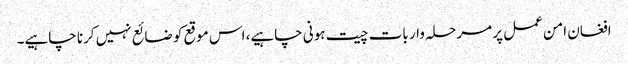
افغان امن عمل پر مرحلہ وار بات چیت ہونی چاہیے، اس موقع کو ضائع نہیں کرنا چاہیے۔